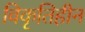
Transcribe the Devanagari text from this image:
विकृतिहीन